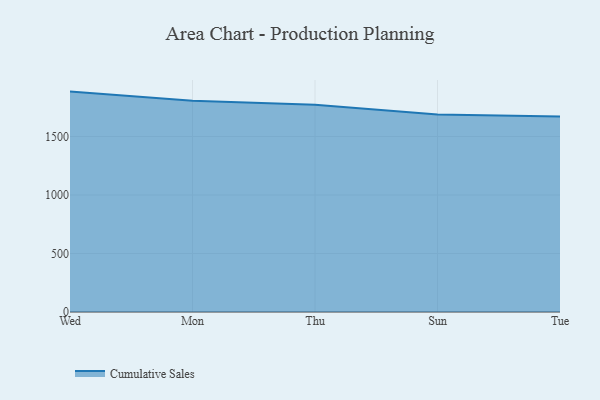
{"axis": {"x": "Day", "y": "LTV (USD)"}, "legend": ["Cumulative Sales"], "data": [{"x": "Wed", "y": 1884.2, "type": "Cumulative Sales"}, {"x": "Mon", "y": 1806.3, "type": "Cumulative Sales"}, {"x": "Thu", "y": 1770.8, "type": "Cumulative Sales"}, {"x": "Sun", "y": 1688.7, "type": "Cumulative Sales"}, {"x": "Tue", "y": 1670.3, "type": "Cumulative Sales"}]}